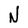
Character: N